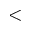
\textless